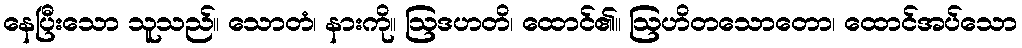
နေပြီးသော သူသည်။ သောတံ၊ နားကို။ ဩဒဟတိ၊ ထောင်၏။ ဩဟိတသောတော၊ ထောင်အပ်သော